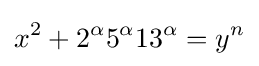
x^{2}+2^{\alpha }5^{\alpha }13^{\alpha }=y^{n}